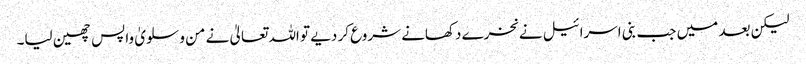
لیکن بعد میں جب بنی اسرائیل نے نخرے دکھانے شروع کر دیے تو اللہ تعالیٰ نے من و سلویٰ واپس چھین لیا۔